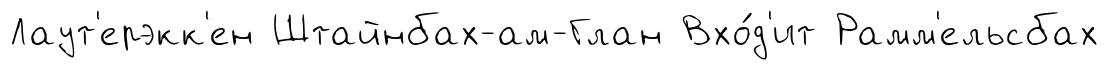
Лаут'ерэкк'ен Штайнбах-ам-Глан Вхо́д'ит Рамм'ельсбах